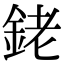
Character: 銠